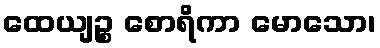
ထေယျဉ္စ စောရိကာ မောသော၊